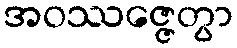
အဝဿဇ္ဇေတွာ